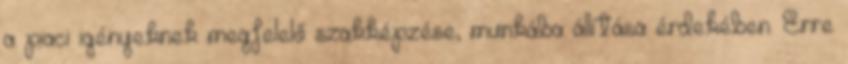
a piaci igényeknek megfelelő szakképzése, munkába állítása érdekében. Erre